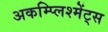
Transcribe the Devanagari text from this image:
अकम्प्लिश्मेंट्स